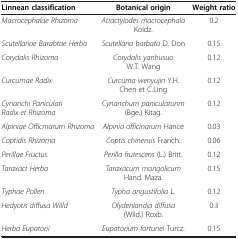
<table><thead><tr><td><b>Linnean classification</b></td><td><b>Botanical origin</b></td><td><b>Weight ratio</b></td></tr></thead><tbody><tr><td><i>Macrocephalae Rhizoma</i></td><td><i>Atractylodes macrocephala</i> Koidz.</td><td>0.2</td></tr><tr><td><i>Scutellariae Barabtae Herba</i></td><td><i>Scutellaria barbata</i> D. Don</td><td>0.15</td></tr><tr><td><i>Corydalis Rhizoma</i></td><td><i>Corydalis yanhusuo</i> W.T. Wang</td><td>0.12</td></tr><tr><td><i>Curcumae Radix</i></td><td><i>Curcuma wenyujin</i> Y.H. Chen et C.Ling</td><td>0.12</td></tr><tr><td><i>Cynanchi Paniculati Radix et Rhizoma</i></td><td><i>Cynanchum paniculatunm</i> (Bge.) Kitag.</td><td>0.12</td></tr><tr><td><i>Alpiniae Officmarum Rhizoma</i></td><td><i>Alpinia officinarum</i> Hance</td><td>0.03</td></tr><tr><td><i>Coptidis Rhizoma</i></td><td><i>Coptis chinensis</i> Franch.</td><td>0.06</td></tr><tr><td><i>Perillae Fructus</i></td><td><i>Perilla frutescens</i> (L.) Britt.</td><td>0.12</td></tr><tr><td><i>Taraxact Herba</i></td><td><i>Taraxacum mongolicum</i> Hand. Maza.</td><td>0.15</td></tr><tr><td><i>Typhae Pollen</i></td><td><i>Typha angustifolia</i> L.</td><td>0.12</td></tr><tr><td><i>Hedyotis diffusa Willd</i></td><td><i>Olydenlandia diffusa</i> (Wild.) Roxb.</td><td>0.3</td></tr><tr><td><i>Herba Eupatorii</i></td><td><i>Eupatorium fortunei</i> Turcz.</td><td>0.15</td></tr></tbody></table>